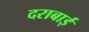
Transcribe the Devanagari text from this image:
दराबाई